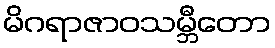
မိဂရာဇာဝသမ္ဘီတော